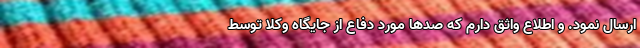
ارسال نمود. و اطلاع واثق دارم که صدها مورد دفاع از جایگاه وکلا توسط